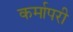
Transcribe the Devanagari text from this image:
कर्मापरी